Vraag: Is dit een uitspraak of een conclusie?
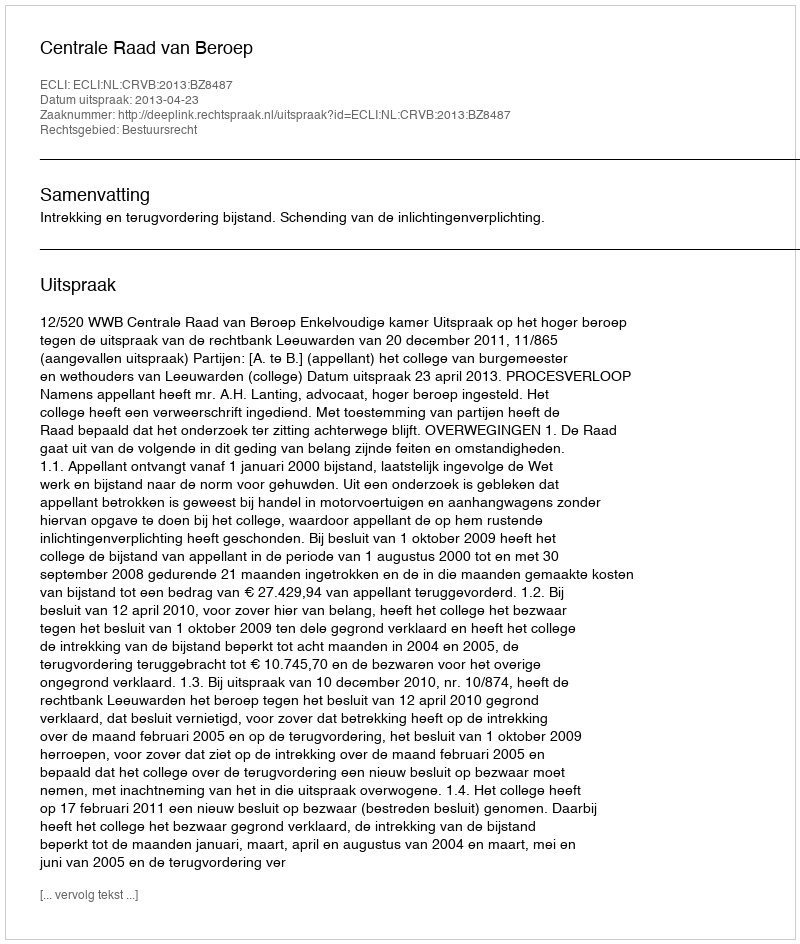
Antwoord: Uitspraak